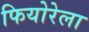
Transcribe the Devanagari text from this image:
फियोरेला